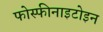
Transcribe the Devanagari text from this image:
फोस्फीनाइटोइन